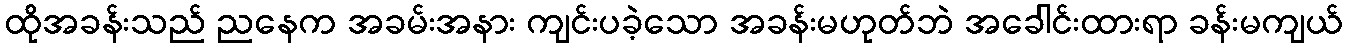
ထိုအခန်းသည် ညနေက အခမ်းအနား ကျင်းပခဲ့သော အခန်းမဟုတ်ဘဲ အခေါင်းထားရာ ခန်းမကျယ်